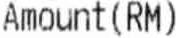
AMOUNT(RM)